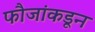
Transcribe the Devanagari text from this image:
फौजांकडून